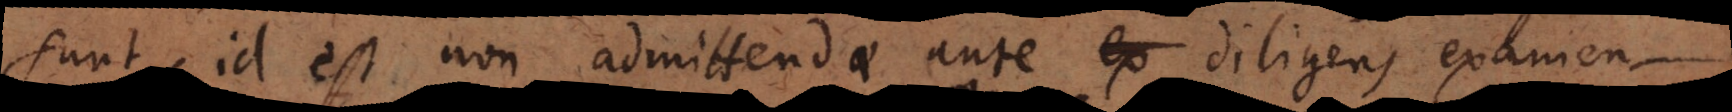
sunt, id est non admittendae ante ex diligens examen,